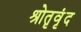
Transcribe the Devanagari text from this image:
श्रोतृवृंद